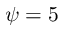
\psi = 5